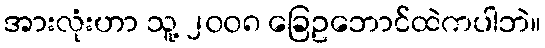
အားလုံးဟာ သူ့ ၂၀၀၈ ခြေဥဘောင်ထဲကပါဘဲ။